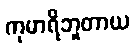
ကုမာရိဘူတာယ